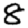
Digit: 8